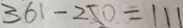
3 6 1 - 2 5 0 = 1 1 1